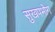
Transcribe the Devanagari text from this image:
सुखपभोग